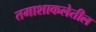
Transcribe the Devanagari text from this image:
तमाशाकलेतील